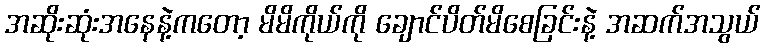
အဆိုးဆုံးအနေနဲ့ကတော့ မိမိကိုယ်ကို ချောင်ပိတ်မိစေခြင်းနဲ့ အဆက်အသွယ်